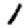
Digit: 1